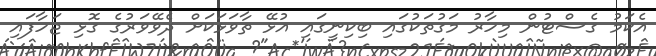
އެކަމު ގެސްޓުން މިހާރު މަގުތަކުގައި ބިކިނީގައި އުޅޭ ތާވަޅަކަށް ދެވޭވަރުގެ ގޮޅި ޖަހާފައި